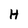
Character: H